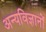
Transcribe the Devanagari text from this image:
अन्यविज्ञानों